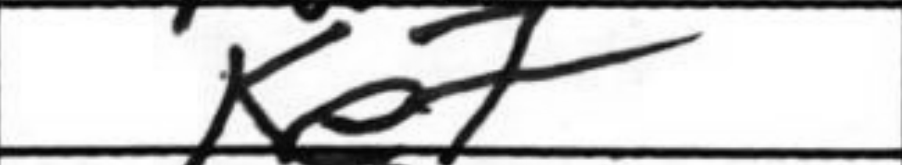
Transcription: Ke7